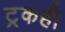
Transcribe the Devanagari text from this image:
ट्रकही